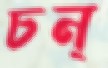
চন্